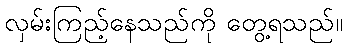
လှမ်းကြည့်နေသည်ကို တွေ့ရသည်။